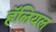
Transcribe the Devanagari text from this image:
हॅलियल